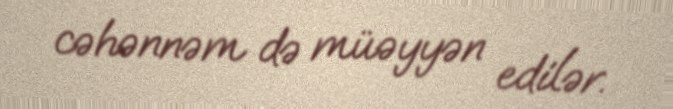
cəhənnəm də müəyyən edilər.